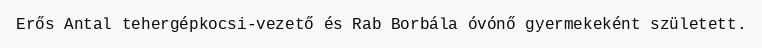
Erős Antal tehergépkocsi-vezető és Rab Borbála óvónő gyermekeként született.